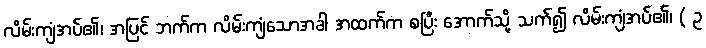
လိမ်းကျံအပ်၏၊ အပြင် ဘက်က လိမ်းကျံသောအခါ အထက်က စပြီး အောက်သို့ သက်၍ လိမ်းကျံအပ်၏၊ ( ဥ